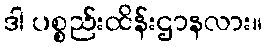
ဒါ ပစ္စည်းထိန်းဌာနလား။